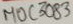
Text: MOC3083